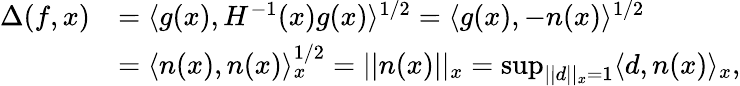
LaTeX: \begin{array}{rl}{\Delta(f,x)}&{=\langle g(x),H^{-1}(x)g(x)\rangle^{1/2}=\langle g(x),-n(x)\rangle^{1/2}}\\ &{=\langle n(x),n(x)\rangle_{x}^{1/2}=\vert\vert n(x)\vert\vert_{x}=\operatorname*{sup}_{\vert\vert d\vert\vert_{x}=1}\langle d,n(x)\rangle_{x},}\end{array}